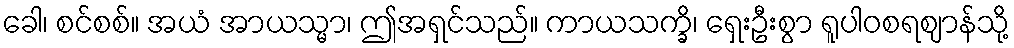
ခေါ၊ စင်စစ်။ အယံ အာယသ္မာ၊ ဤအရှင်သည်။ ကာယသက္ခိ၊ ရှေးဦးစွာ ရူပါဝစရဈာန်သို့